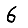
Digit: 6